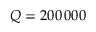
Q = 2 0 0 \, 0 0 0